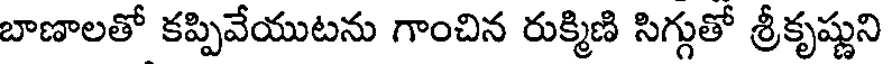
బాణాలతో కప్పివేయుటను గాంచిన రుక్మిణి సిగ్గుతో శ్రీకృష్ణుని